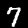
Label: 7